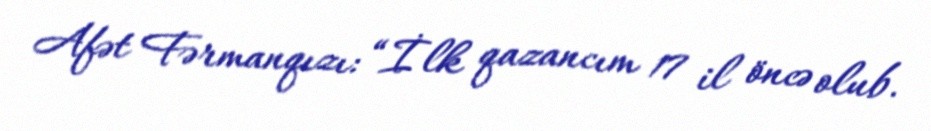
Afət Fərmanqızı: “İlk qazancım 17 il öncə olub.